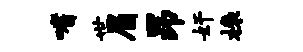
嗜世眉昂奸榱